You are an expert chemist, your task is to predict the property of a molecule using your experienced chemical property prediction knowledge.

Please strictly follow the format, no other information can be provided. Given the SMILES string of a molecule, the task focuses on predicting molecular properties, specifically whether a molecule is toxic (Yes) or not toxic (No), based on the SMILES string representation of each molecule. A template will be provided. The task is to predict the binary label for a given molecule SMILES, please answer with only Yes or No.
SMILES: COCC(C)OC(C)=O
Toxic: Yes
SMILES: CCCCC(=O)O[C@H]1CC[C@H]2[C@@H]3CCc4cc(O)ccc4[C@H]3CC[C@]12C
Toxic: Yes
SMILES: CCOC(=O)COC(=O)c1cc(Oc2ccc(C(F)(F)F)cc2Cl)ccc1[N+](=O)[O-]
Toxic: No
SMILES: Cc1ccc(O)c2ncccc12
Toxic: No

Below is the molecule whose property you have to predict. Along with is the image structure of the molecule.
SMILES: Cc1cccn2c(=O)c(-c3nnn[n-]3)cnc12
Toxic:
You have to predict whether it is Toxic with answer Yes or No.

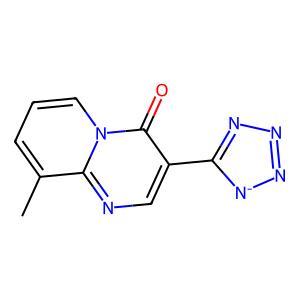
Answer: No